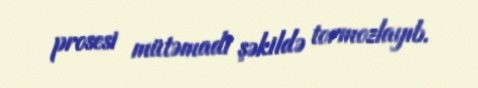
prosesi mütəmadi şəkildə tormozlayıb.